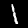
Digit: 1